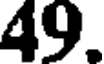
49.